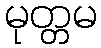
မုတ္တမ